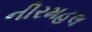
નીરમહલ